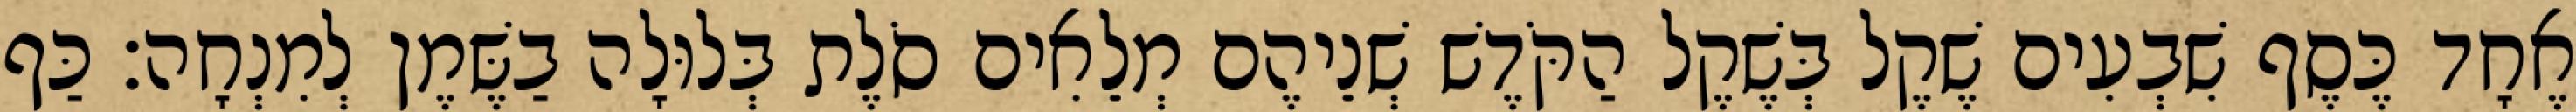
אֶחָד כֶּסֶף שִׁבְעִים שֶׁקֶל בְּשֶׁקֶל הַקֹּדֶשׁ שְׁנֵיהֶם מְלֵאִים סֹלֶת בְּלוּלָה בַשֶּׁמֶן לְמִנְחָה׃ כַּף